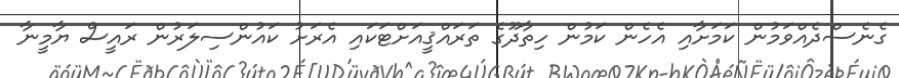
ގެނެސްދެއްވަމުން ކަމަށާއި އެހެން ކަމުން ހިތާދޫގެ ތަރައްޤީއަށްޓަކައި އެރަށު ކައުންސިލަރުން ރައީސް ޔާމީނާ